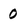
Character: 0